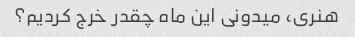
هنری، میدونی این ماه چقدر خرج کردیم؟